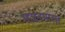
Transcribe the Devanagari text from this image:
भजनमाला